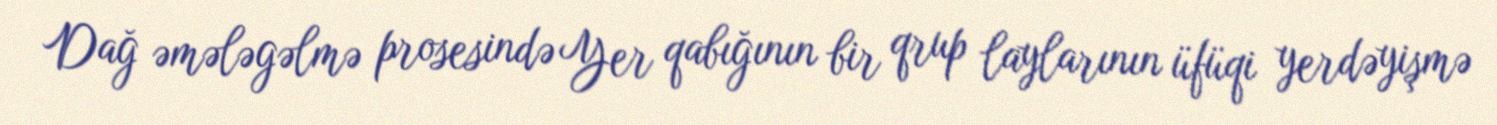
Dağ əmələgəlmə prosesində Yer qabığının bir qrup laylarının üfüqi yerdəyişmə